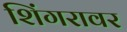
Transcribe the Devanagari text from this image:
शिंगरावर